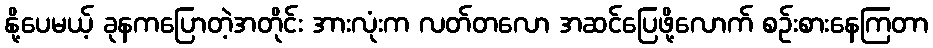
နို့ပေမယ့် ခုနကပြောတဲ့အတိုင်း အားလုံးက လတ်တလော အဆင်ပြေဖို့လောက် စဉ်းစားနေကြတာ